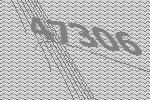
47306